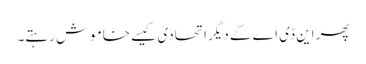
پھر این ڈی اے کے دیگر اتحادی کیسے خاموش رہتے۔